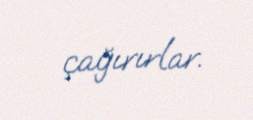
çağırırlar.